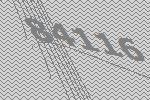
84116